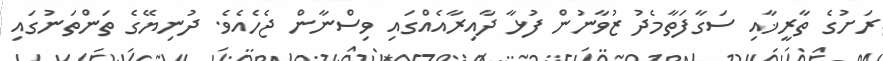
ރަށުގެ ތާރީޚާއި ސަގާފަތާމެދު ޒުވާނުން ފުޅާ ދާއިރާއެއްގައި ވިސްނާން ޖެހެއެވެ. ދުނިޔޭގެ ތަންތަނުގައި